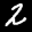
Label: 2